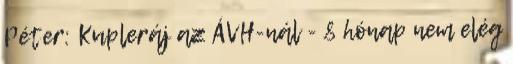
Péter: Kupleráj az ÁVH-nál - 8 hónap nem elég